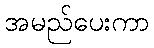
အမည်ပေးကာ